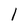
Character: 1